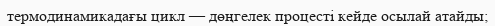
термодинамикадағы цикл — дөңгелек процесті кейде осылай атайды;